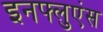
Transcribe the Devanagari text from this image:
इनफ्लुएंस